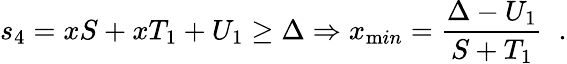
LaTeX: s_{4}=xS+xT_{1}+U_{1}\geq\Delta\Rightarrow x_{\mathrm min}=\frac{\Delta-U_{1}}{S+T_{1}}\; \; .